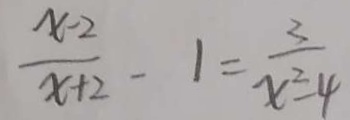
\frac { x - 2 } { x + 2 } - 1 = \frac { 3 } { x ^ { 2 } - 4 }